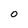
Character: 0